Leaving Certificate Examination, 1903
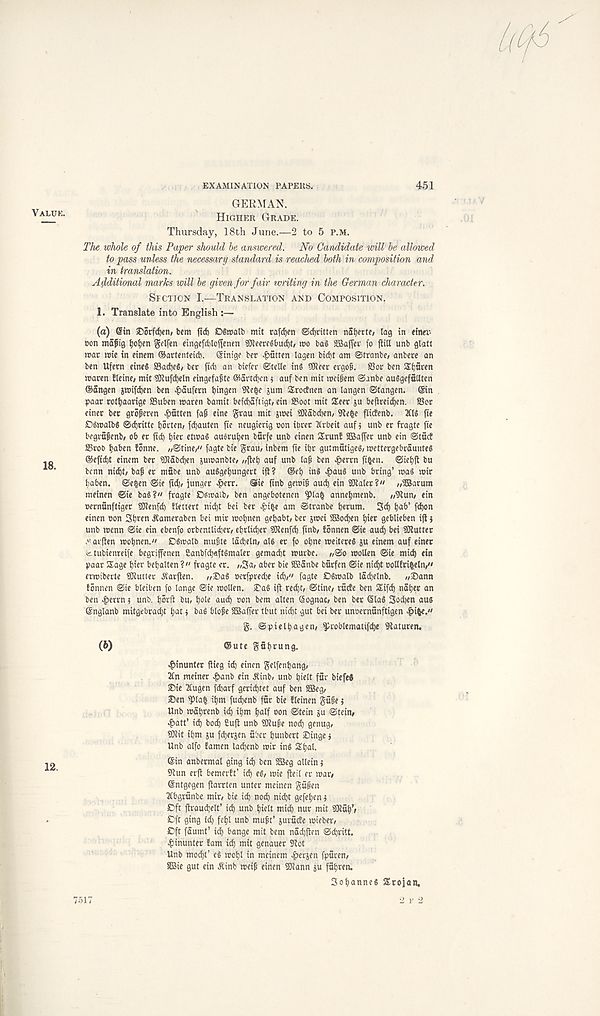
EXAMINATION PAPERS.
451
Value.
GERMAN.
Higher Grade.
Thursday, 18th June.—2 to 5 p.m.
The whole of this Paper should he answered. No Candidate will he allowed
to pass unless the necessary standard is reached both in composition and
in translation.
Additional marks will he given for fair writing in the German character.
Section I.—Translation and Composition.
1. Translate into English:—
(а) ©in SDotfdjen, bcm ft cf) Dfroalb mit rafcfjen ©Written nafjfrte/ lag in etna-
eon mafig {j ofyen gelfen eingefd)lofienen gjjeercebudjt, n>o bag SBaffei' )o ftiU unb glatt
tear tete in etnem ©artenteicb. Sinige ber fatten lagen bidjt am ©tranbe, anbere an
ben Ufern eineg SSadjeg, ber ftd) an biefer ©telle ins iOieer evgog. S3or ben Stjfiren
tearen Heine; mit 9Jlufd)eln eingefa^te ®artd;cn j auf ben mit toeifiem ©anbe auggefnllten
©angen }toifd)en ben ^aufern tjingen 9ie^e sum Sroctnen an langen ©tangen. @in
paar rottjaarige SSttben maren bamit befebaftigt, ein 23oot mit Seer ju beftreid)ett. SSor
einer ber groperen fatten fa(j eine grau mit jmei SKabdjen, Ste^e fliefenb. 2Cl g fie
OgtealbS ©djritte borten/ fdjauten fie ncugierig eon ibret Ttrbeit auf j unb er fragte fie
begrufienb/ ob er fid) t)ier etieag auoruljen burfe unb einen Srun! SBaffer unb ein ©tact
SSroo baben tonne, //©tine," fagte bie grau; inbem fie ibr gutmatigeg; mettergebraunteS
©efiebt einem ber i)}l5bd)en juroanbte; /;jieb auf unb la^ ben #errn ftben. ©iebft bu
benn nidjt; baf er mabe unb auggebungert ift? ©eb in§ #au$ unb bring’ mag mir
baben. ©efcen ©ie fid); junget c^err. Sie finb gemi§ aucb ein SDtaler?" //©arum
meinen ©ie bag?" fragte Domaib/ ben angebotenen ^)lab annebmenb. //^lun/ ein
oernunftiger 50?enfd) tlettert niebt bei ber £i|e am ©tranbe berum. Sd) b«b’ febon
einen oon 3b«n Aameraben bei mir mobnen gebabt/ ber jmei ©od)en bier geblieben ijt 5
unb menn ©ie ein ebenfo orbentlicber/ ebrlicber iOlenfcb ftnb/ fonnen ©ie aud) bei SJlutter
aiften mobnen." Dgmalb mufite lacbeln, alg er fo obne meitereg ju einem auf einer
fe tubienreife begrifenen 2anbfcb«ftgmaler gemad)t murbe. /,©o molten ©ie micb ein
paar Sage bier bebalten ?" fragte er. /,3a, aber bie ©anbe burfen ©ie nid)t ootlfribeln,"
ermiberte SJiutter A' arfien. „®ag ocrfpvedje id)," fagte Ogmalb ladjelnb. „25ann
tonnen ©ie bteiben fo lange ©ie mollen. S' ag ift red)t, ©tine, rude ben Sifd) naber an
ben >&errn 5 unb. borfi bu, bate audb oon bera alten ©ognac, ben ber Slag 3od)en aug
©nglanb mitgebraebt bat} bag blofe ©affer tbut nidjt gut bei ber unoernunftigen c^i^e."
g. ©pie lb a gen, ^roblemattfcbe Staturen.
(б)
©ute gubrung.
c^inunter ftieg id) einen gelfenbang/
2Cn meiner ^>anb ein jtinb, unb bielt far biefed
IDie Tfugen fdiarf gerid)tet auf ben ©eg,
£>en ^lab ibm fudjenb fur bie tleinen gu6e j
Unb mabrenb id) ibm half oon ©tein su ©tein,
cf)att’ icb bod) Suft unb 50tupe nod) genug,
iOtit ibm ju fdjersen fiber bunbert Singe j
Unb alfo famen ladjcnb mir ing Sbal.
©in anbermal ging id) ben ©eg allein j
Stun erft bemertt’ id) eg/ mie fteil er mar/
©ntgegen flarrten unter meinen gfipen
2tbgrfinbe mio bie id) nocb nid^t gefeben 5
£>ft ftraudjelt’ id) unb bielt mid) nur mit SDl fi b’/
£)ft ging id) febl unb muftt’ jurficte mieber/
Cft faumt’ id) bange mit bem nadjjten ©djritt.
^inunter tarn icb ntit genauer S' lot
Unb moebt’ eg mobl in meinem >&ec}en fpfiren/
©ie gut ein ^inb meip einen SJiann ju fubren.
3obanneg Srojan,
7517